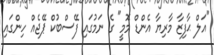
"އަލް ޙާފިޒާ މާރިޔާ އެންޑް މޮމީ" ގެ ނަމުގައި ފޭސްބުކް ޕޭޖެއް ހިންގައި